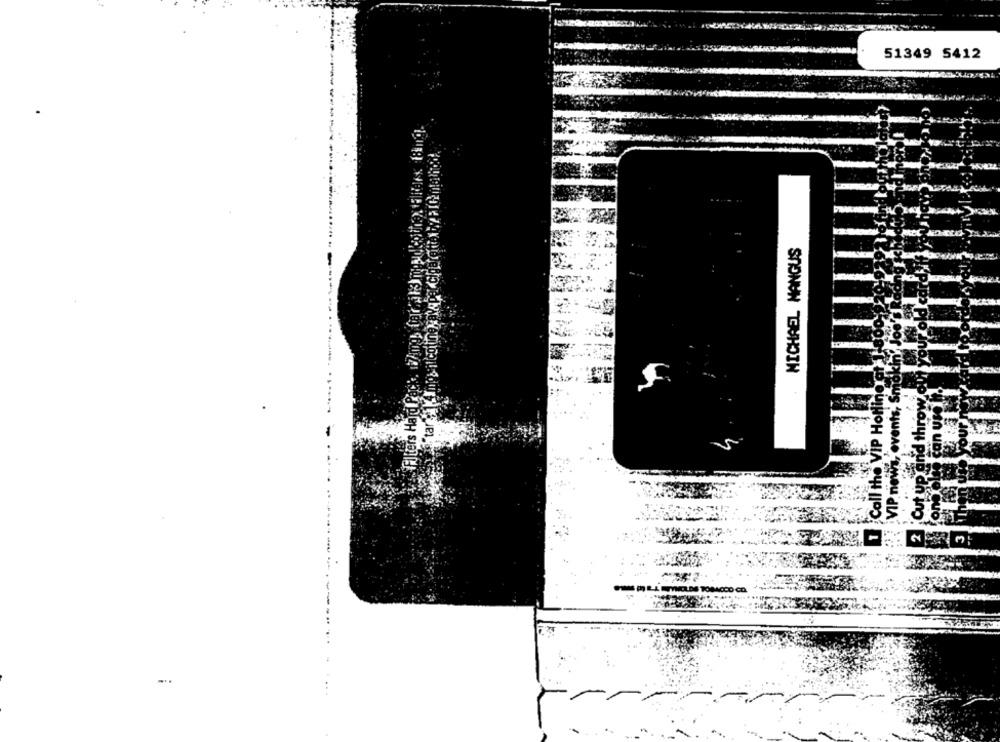
51349 5412
MICHAEL MANGUS
colin
Call the VIP Hotline et
Sma
Filters Hard P
ents,